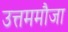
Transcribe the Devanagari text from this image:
उत्तममौजा